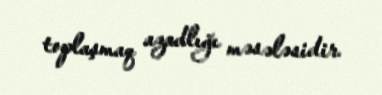
toplaşmaq azadlığı məsələsidir.